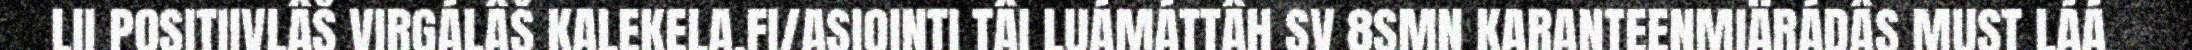
LII POSITIIVLÂŠ VIRGÁLÂŠ KALEKELA.FI/ASIOINTI TÂI LUÁMÁTTÂH SV 8SMN KARANTEENMIÄRÁDÂS MUST LÁÁ